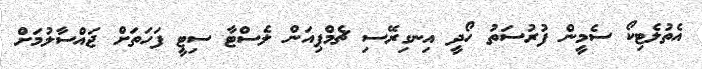
އެތުލެޓިކޯ ސެމީން ފުރުސަތު ހޯދީ އިނގިރޭސި ޗެމްޕިއަން ލެސްޓާ ސިޓީ ފަހަތަށް ޖައްސާލުމަށް